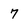
Character: 7